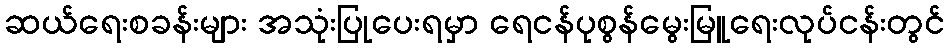
ဆယ်ရေးစခန်းများ အသုံးပြုပေးရမှာ ရေငန်ပုစွန်မွေးမြူရေးလုပ်ငန်းတွင်